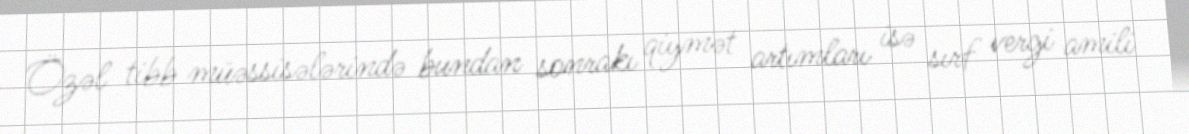
Özəl tibb müəssisələrində bundan sonrakı qiymət artımları isə sırf vergi amili